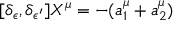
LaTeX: [ \delta _ { \epsilon } , \delta _ { \epsilon ^ { \prime } } ] X ^ { \mu } = - ( a _ { 1 } ^ { \mu } + a _ { 2 } ^ { \mu } )